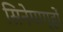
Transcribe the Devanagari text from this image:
सिनेमागृहों